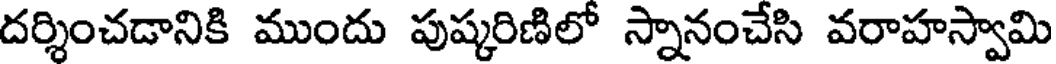
దర్శించడానికి ముందు పుష్కరిణిలో స్నానంచేసి వరాహస్వామి